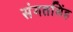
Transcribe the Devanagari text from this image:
संगतसिंह